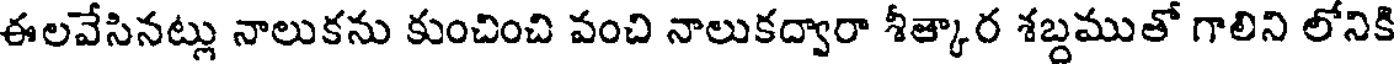
ఈలవేసినట్లు నాలుకను కుంచించి వంచి నాలుకద్వారా శీత్కార శబ్దముతో గాలిని లోనికి